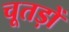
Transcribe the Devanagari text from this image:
चूतड़ों